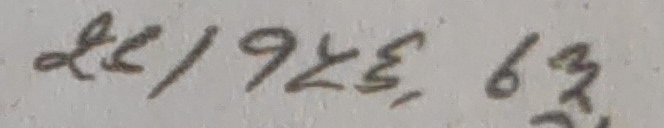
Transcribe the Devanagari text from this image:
१९/३७६३६